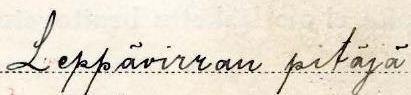
Leppävirran pitäjä